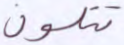
تتلون